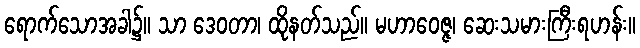
ရောက်သောအခါ၌။ သာ ဒေဝတာ၊ ထိုနတ်သည်။ မဟာဝေဇ္ဇ၊ ဆေးသမားကြီးရဟန်း။